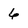
Character: 6